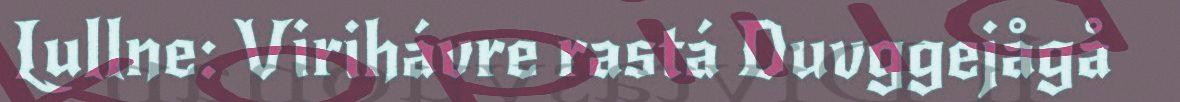
Lullne: Virihávre rastá Duvggejågå